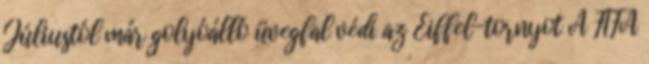
Júliustól már golyóálló üvegfal védi az Eiffel-tornyot A FIFA